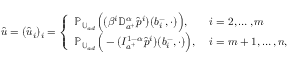
\hat { u } = ( \hat { u } _ { i } ) _ { i } = \left\{ \begin{array} { l l } { \mathbb P _ { \mathbb U _ { a d } } \Big ( ( \beta ^ { i } { \mathbb D } _ { a ^ { + } } ^ { \alpha } \hat { p } ^ { i } ) ( b _ { i } ^ { - } , \cdot ) \Big ) , \quad } & { i = 2 , \ldots , m } \\ { \mathbb P _ { \mathbb U _ { a d } } \Big ( - ( I _ { a ^ { + } } ^ { 1 - \alpha } \hat { p } ^ { i } ) ( b _ { i } ^ { - } , \cdot ) \Big ) , } & { i = m + 1 , \ldots , n , } \end{array} \right.